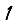
Digit: 1